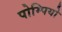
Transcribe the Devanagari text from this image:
पोम्पियो